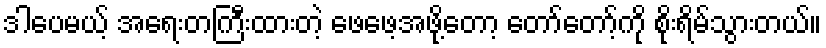
ဒါပေမယ့် အရေးတကြီးထားတဲ့ ဖေဖေ့အဖို့တော့ တော်တော့်ကို စိုးရိမ်သွားတယ်။